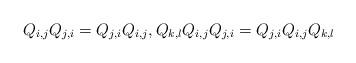
LaTeX: \begin{gather*}Q_{i,j}Q_{j,i}=Q_{j,i}Q_{i,j},Q_{k,l}Q_{i,j}Q_{j,i}=Q_{j,i}Q_{i,j}Q_{k,l}\end{gather*}